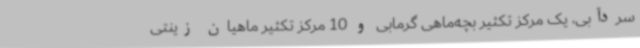
سردآبی، یک مرکز تکثیر بچه‌ماهی گرمابی و 10 مرکز تکثیر ماهیان زینتی